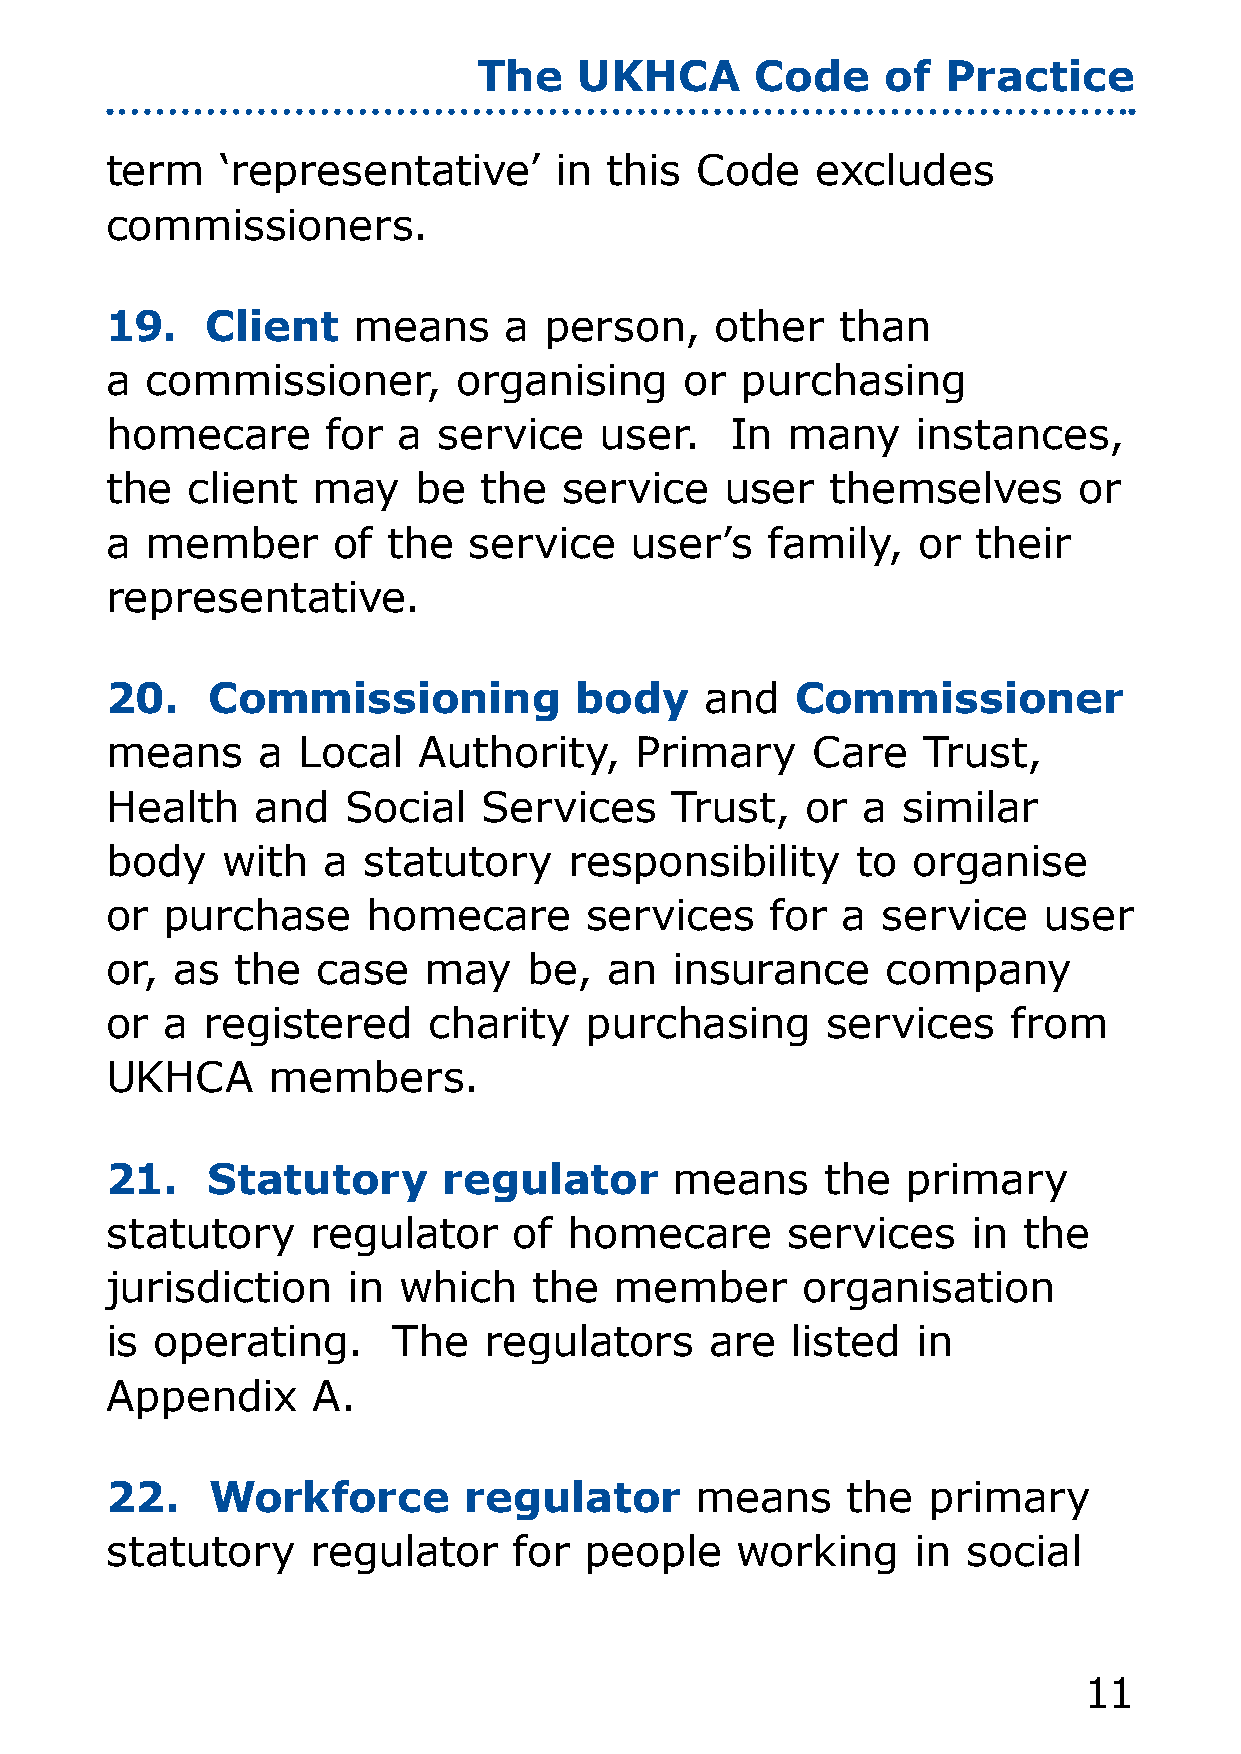
The   UKHCA       Code     of  Practice
 term    ‘representative’      in this  Code    excludes
 commissioners.
 19.    Client   means     a  person,    other    than
 a  commissioner,       organising     or  purchasing
 homecare       for a  service    user.   In  many     instances,
 the  client   may    be  the  service    user   themselves      or
 a  member      of  the  service    user’s   family,   or  their
 representative.
 20.    Commissioning           body     and   Commissioner
 means     a  Local   Authority,    Primary     Care   Trust,
 Health    and   Social   Services    Trust,   or  a  similar
 body    with  a  statutory     responsibility     to organise
 or  purchase     homecare       services    for  a service    user
 or,  as  the  case   may    be,  an  insurance      company
 or  a registered     charity    purchasing      services    from
 UKHCA      members.
 21.    Statutory      regulator       means     the  primary
 statutory     regulator    of  homecare      services    in  the
 jurisdiction    in which    the   member      organisation
 is operating.      The   regulators     are  listed   in
 Appendix      A.
 22.    Workforce        regulator      means     the  primary
 statutory     regulator    for  people    working     in social
 11